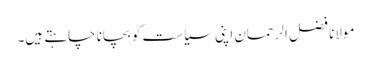
مولانا فضل الرحمان اپنی سیاست کو بچانا چاہتے ہیں۔